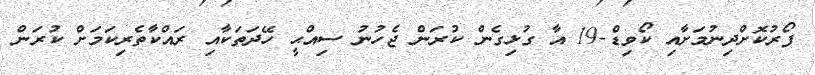
ފޯރުކޮށްދިނުމަށާއި ކޯވިޑް-19 އާ ގުޅިގެން ކުރަން ޖެހުނު ސިއްޙީ ހޭދަތަކާއި ރައްކާތެރިކަމަށް ކުރަން